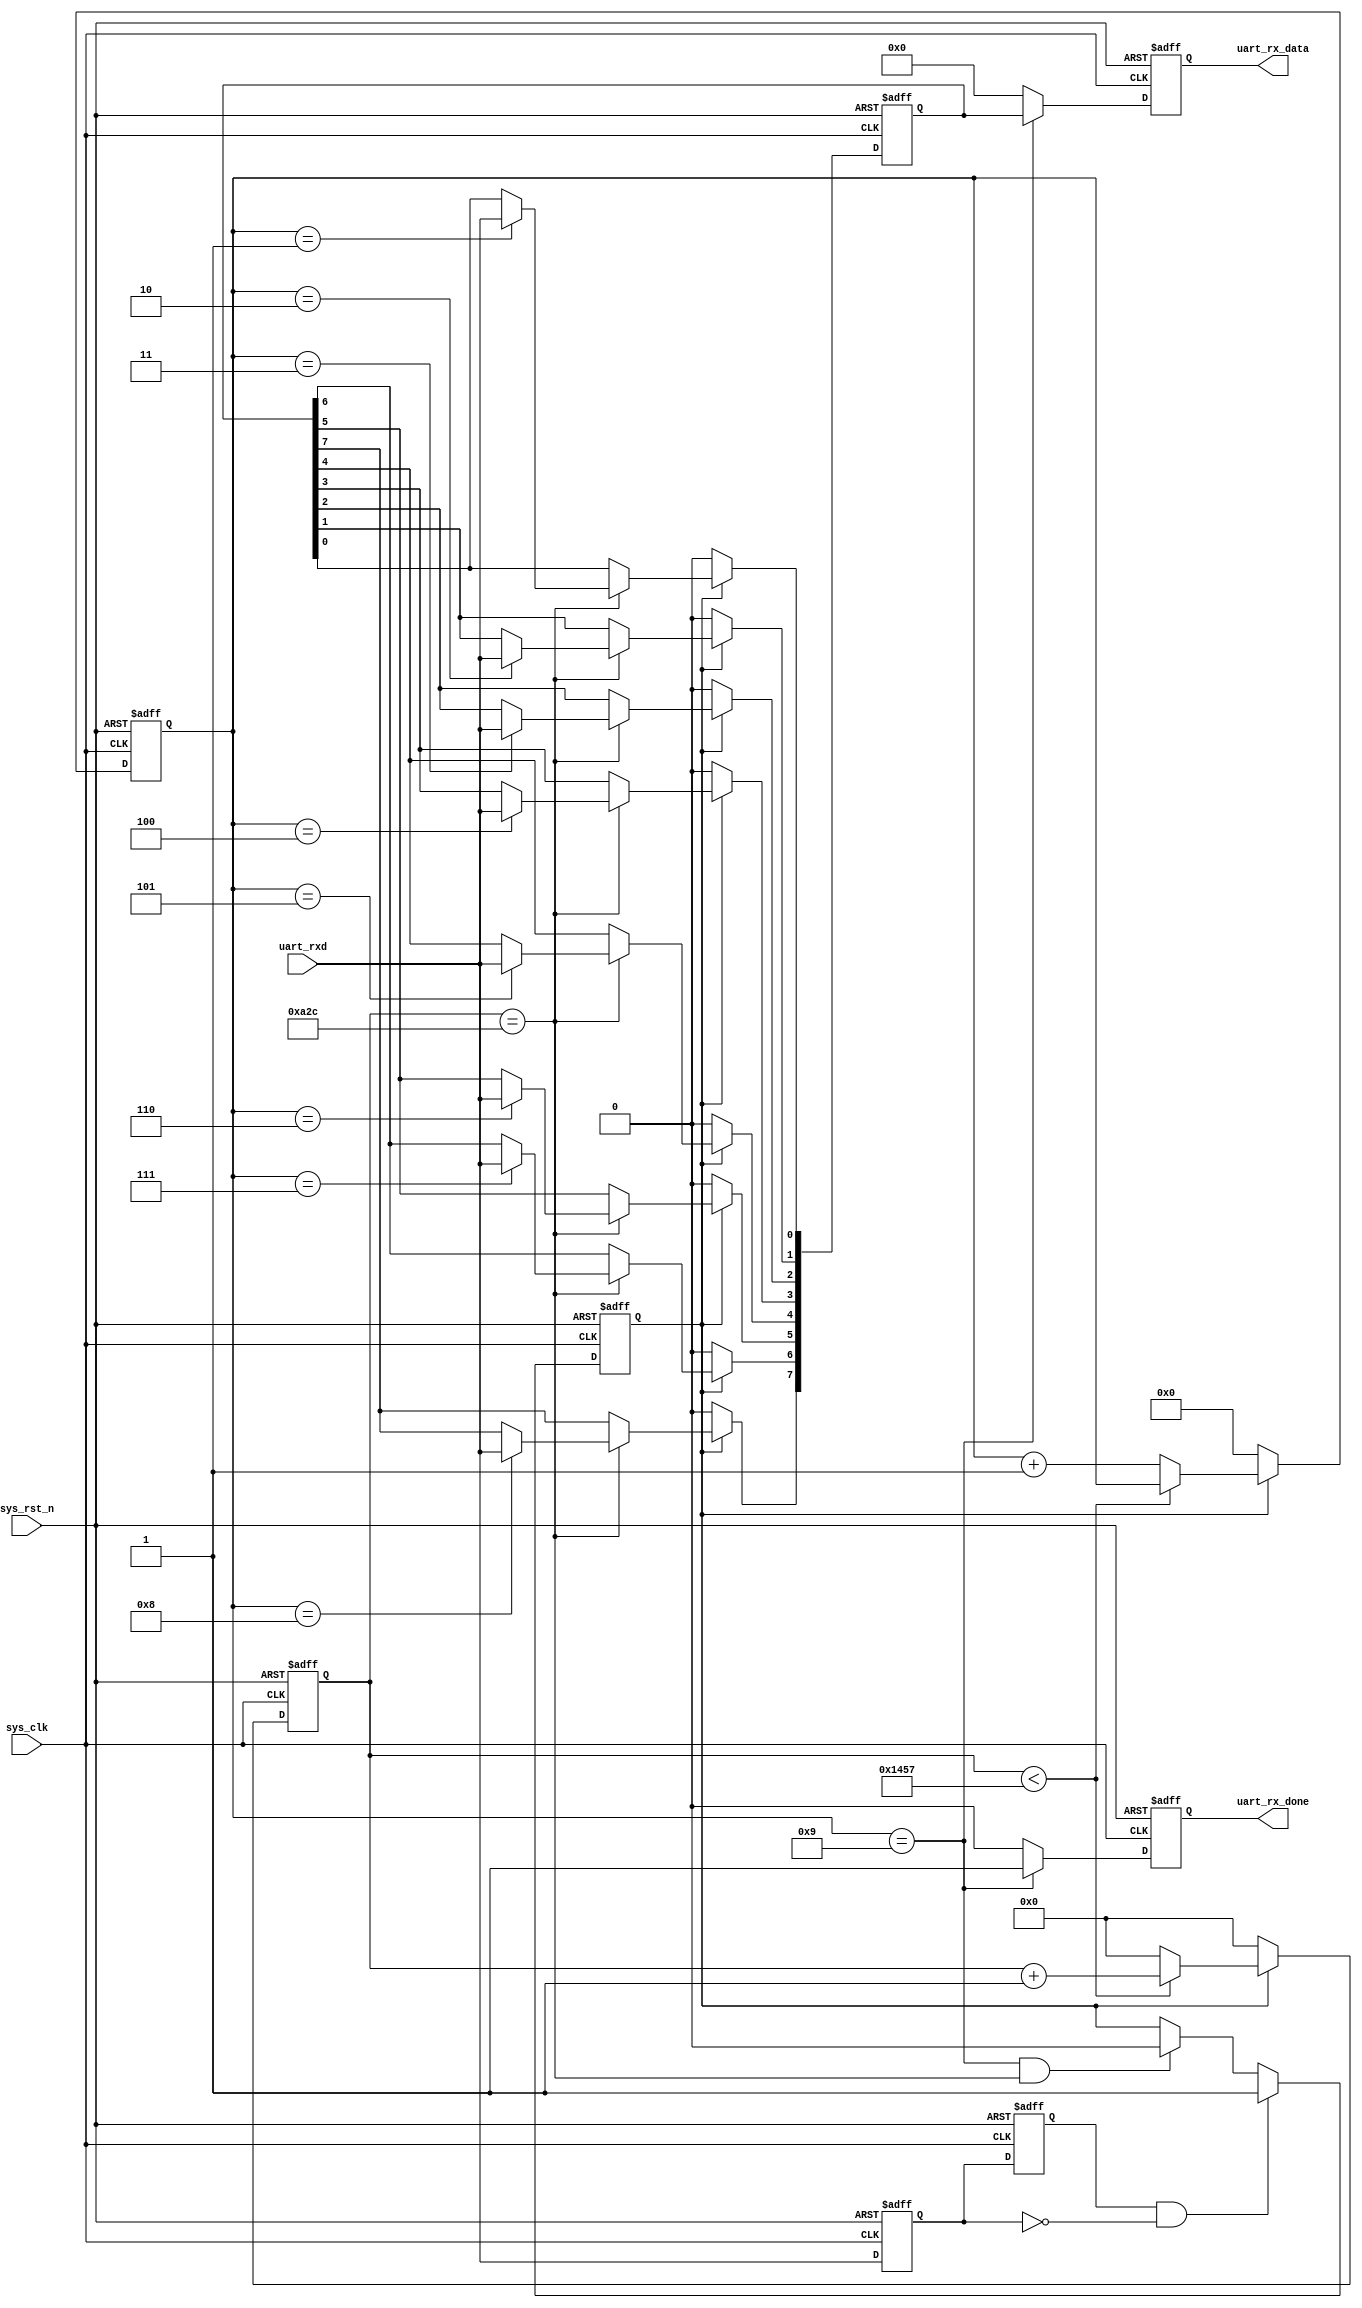
module usart_rx(
   input 			sys_clk,			//50M
	input 			sys_rst_n,			//
	input 			uart_rxd,			//
	output reg 		uart_rx_done,		//
	output reg [7:0]uart_rx_data		//
);

parameter	BPS=9600;					//9600bps
parameter	SYS_CLK_FRE=50_000_000;		//50M
localparam	BPS_CNT=SYS_CLK_FRE/BPS;	//
 
reg 			uart_rx_d0;		//1
reg 			uart_rx_d1;		//2
reg [15:0]		clk_cnt;				//
reg [3:0]		rx_cnt;					//
reg 			rx_flag;				//
reg [7:0]		uart_rx_data_reg;		//
	
wire 			neg_uart_rx_data;		//
 
assign	neg_uart_rx_data=uart_rx_d1 & (~uart_rx_d0);  //
//12
always@(posedge sys_clk or negedge sys_rst_n)begin
	if(!sys_rst_n)begin
		uart_rx_d0<=1'b0;
		uart_rx_d1<=1'b0;
	end
	else begin
		uart_rx_d0<=uart_rxd;
		uart_rx_d1<=uart_rx_d0;
	end		
end
//09
always@(posedge sys_clk or negedge sys_rst_n)begin
	if(!sys_rst_n)
		rx_flag<=1'b0;
	else begin 
		if(neg_uart_rx_data)
			rx_flag<=1'b1;
		else if((rx_cnt==4'd9)&&(clk_cnt==BPS_CNT/2))//9
			rx_flag<=1'b0;
		else 
			rx_flag<=rx_flag;			
	end
end
//BPS_CNT1
always@(posedge sys_clk or negedge sys_rst_n)begin
	if(!sys_rst_n)begin
		rx_cnt<=4'd0;
		clk_cnt<=16'd0;
	end
	else if(rx_flag)begin
		if(clk_cnt<BPS_CNT-1'b1)begin
			clk_cnt<=clk_cnt+1'b1;
			rx_cnt<=rx_cnt;
		end
		else begin
			clk_cnt<=16'd0;
			rx_cnt<=rx_cnt+1'b1;
		end
	end
	else begin
		rx_cnt<=4'd0;
		clk_cnt<=16'd0;
	end		
end
//
always@(posedge sys_clk or negedge sys_rst_n)begin
	if(!sys_rst_n)
		uart_rx_data_reg<=8'd0;
	else if(rx_flag)
		if(clk_cnt==BPS_CNT/2) begin
			case(rx_cnt)			
				4'd1:uart_rx_data_reg[0]<=uart_rxd;
				4'd2:uart_rx_data_reg[1]<=uart_rxd;
				4'd3:uart_rx_data_reg[2]<=uart_rxd;
				4'd4:uart_rx_data_reg[3]<=uart_rxd;
				4'd5:uart_rx_data_reg[4]<=uart_rxd;
				4'd6:uart_rx_data_reg[5]<=uart_rxd;
				4'd7:uart_rx_data_reg[6]<=uart_rxd;
				4'd8:uart_rx_data_reg[7]<=uart_rxd;
				default:;
			endcase
		end
		else
			uart_rx_data_reg<=uart_rx_data_reg;
	else
		uart_rx_data_reg<=8'd0;
end	
//
always@(posedge sys_clk or negedge sys_rst_n)begin
	if(!sys_rst_n)begin
		uart_rx_done<=1'b0;
		uart_rx_data<=8'd0;
	end	
	else if(rx_cnt==4'd9)begin
		uart_rx_done<=1'b1;
		uart_rx_data<=uart_rx_data_reg;
	end		
	else begin
		uart_rx_done<=1'b0;
		uart_rx_data<=8'd0;
	end
end
endmodule